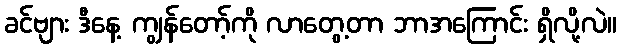
ခင်ဗျား ဒီနေ့ ကျွန်တော့်ကို လာတွေ့တာ ဘာအကြောင်း ရှိလို့လဲ။